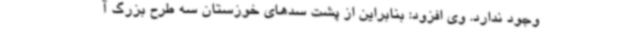
وجود ندارد. وی افزود: بنابراین از پشت سدهای خوزستان سه طرح بزرگ آ